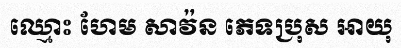
ឈ្មោះ ហែម សាវ៉ន ភេទប្រុស អាយុ